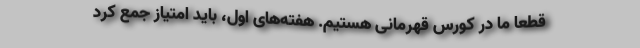
قطعا ما در کورس قهرمانی هستیم‌. هفته‌های اول، باید امتیاز جمع کرد